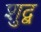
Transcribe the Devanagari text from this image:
शुद्ब